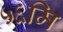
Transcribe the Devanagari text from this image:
५६मि